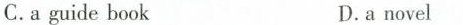
C.a guide bookD.a novel